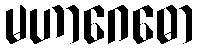
မဟာဂေဓော